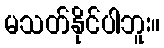
မသတ်နိုင်ပါဘူး။